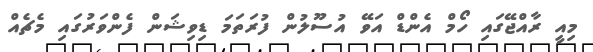
މިއީ ރާއްޖޭގައި ހޯމް އެންޑް އަވޭ އުސޫލުން ފުރަތަމަ ޑިވިޝަން ފެންވަރުގައި މެޗެއް